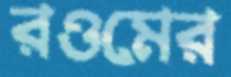
রওমের